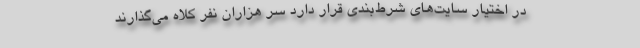
در اختیار سایت‌های شرط‌بندی قرار دارد سر هزاران نفر کلاه می‌گذارند